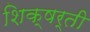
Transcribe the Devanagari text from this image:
शिक्षर्ती